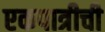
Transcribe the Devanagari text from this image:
एकपात्रीची